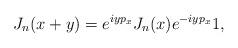
LaTeX: \begin{align*}J_n(x+y)= e^{iyp_x}J_n(x)e^{-iyp_x}1,\end{align*}